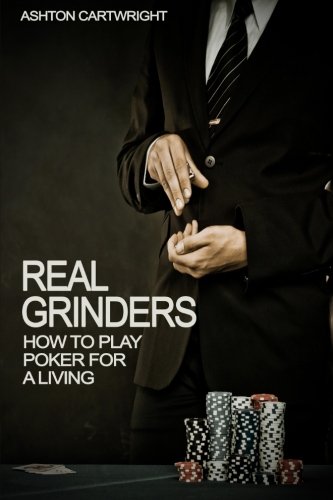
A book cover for Real Grinders: How to Play Poker for a Living; Ashton Cartwright; Humor & Entertainment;